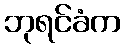
ဘုရင်ခံက